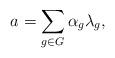
LaTeX: \begin{align*}a = \sum_{g \in G} \alpha_g \lambda_g,\end{align*}